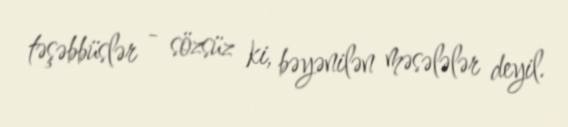
təşəbbüslər - sözsüz ki, bəyənilən məsələlər deyil.